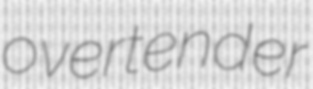
overtender